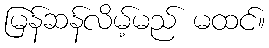
မြန်ဆန်လိမ့်မည် မထင်။